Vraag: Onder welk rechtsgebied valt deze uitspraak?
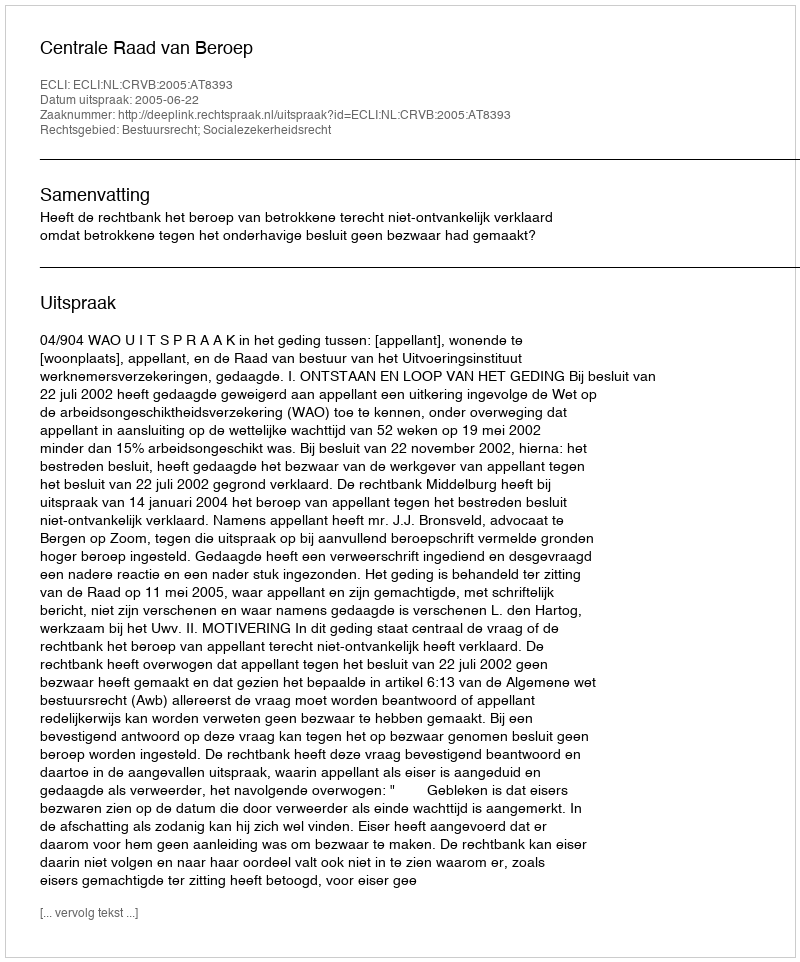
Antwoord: Bestuursrecht; Socialezekerheidsrecht